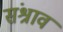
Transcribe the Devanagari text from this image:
संश्राव